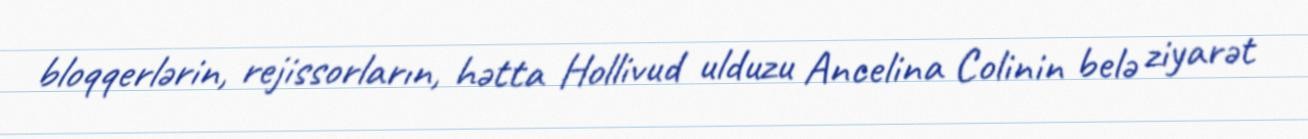
bloqqerlərin, rejissorların, hətta Hollivud ulduzu Ancelina Colinin belə ziyarət